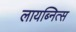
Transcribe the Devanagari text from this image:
लायब्नित्स